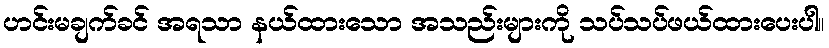
ဟင်းမချက်ခင် အရသာ နယ်ထားသော အသည်းများကို သပ်သပ်ဖယ်ထားပေးပါ။